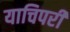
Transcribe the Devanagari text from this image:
याचिपरी